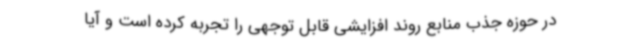
در حوزه جذب منابع روند افزایشی قابل توجهی را تجربه کرده است و آیا